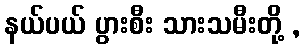
နယ်ပယ် ပွားစီး သားသမီးတို့ ,